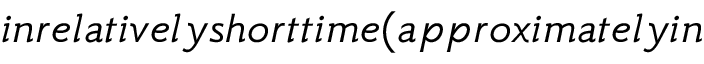
i n r e l a t i v e l y s h o r t t i m e ( a p p r o x i m a t e l y i n